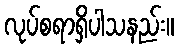
လုပ်စရာရှိပါသနည်း။